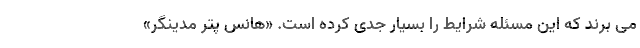
می برند که این مسئله شرایط را بسیار جدی کرده است. «هانس پتر مدینگر»